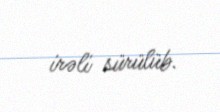
irəli sürülüb.